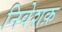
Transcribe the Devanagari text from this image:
निवेशक़